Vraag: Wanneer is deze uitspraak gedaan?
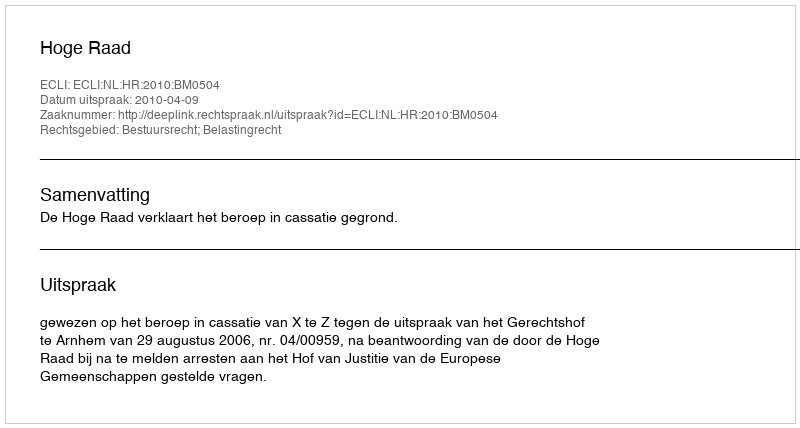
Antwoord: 2010-04-09